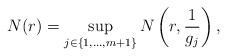
LaTeX: \begin{align*} N(r)=\sup_{j\in\{1,\ldots,m+1\}} N\left(r,\frac{1}{g_j}\right), \end{align*}